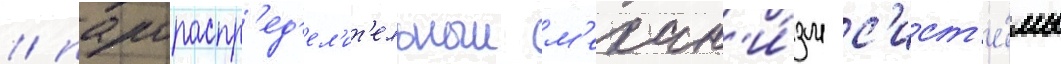
/ парораспр'ед'ел'ит'ельныи м'ехан'и́зм с'ист'е́мы